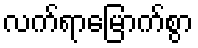
လက်ရာမြောက်စွာ